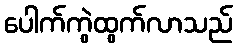
ပေါက်ကွဲထွက်လာသည်